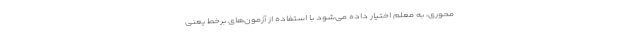
محوری، به معلم اختیار داده می‌شود با استفاده از آزمون‌های برخط یعنی